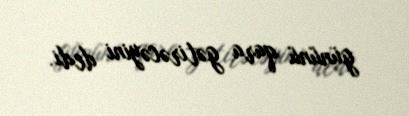
gününü qara gətirəcəyini dedi.